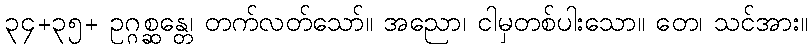
၃၄+၃၅+ ဥဂ္ဂစ္ဆန္တေ၊ တက်လတ်သော်။ အညော၊ ငါမှတစ်ပါးသော။ တေ၊ သင်အား။